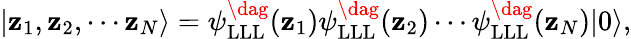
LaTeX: |\mathbf{z}_{1},\mathbf{z}_{2},\cdots\mathbf{z}_{N}\rangle=\psi_{\mathrm{{LLL}}}^{\dag}(\mathbf{z}_{1})\psi_{\mathrm{{LLL}}}^{\dag}(\mathbf{z}_{2})\cdots\psi_{\mathrm{{LLL}}}^{\dag}(\mathbf{z}_{N})|0\rangle,